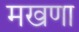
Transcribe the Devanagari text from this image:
मखणा